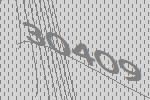
30409